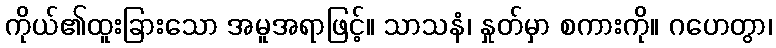
ကိုယ်၏ထူးခြားသော အမူအရာဖြင့်။ သာသနံ၊ နှုတ်မှာ စကားကို။ ဂဟေတွာ၊